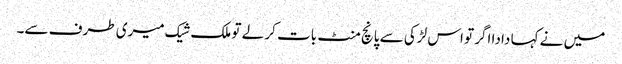
میں نے کہا دادا اگر تو اس لڑکی سے پانچ منٹ بات کر لے تو ملک شیک میری طرف سے۔